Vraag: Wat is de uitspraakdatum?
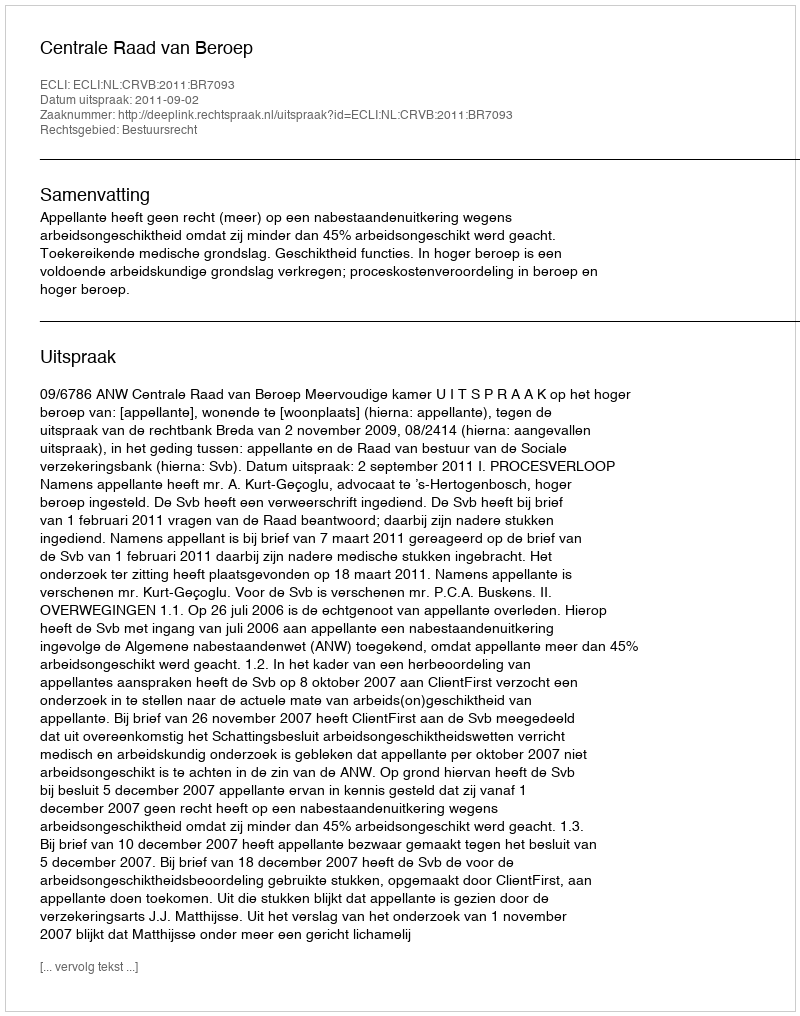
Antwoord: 2011-09-02